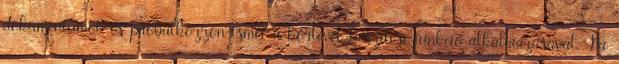
dokumentumot, és próbálkozzon ismét a körlevél-készítési funkció alkalmazásával. Ha